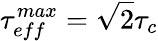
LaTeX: \tau_{eff}^{max}=\sqrt{2}\tau_{c}